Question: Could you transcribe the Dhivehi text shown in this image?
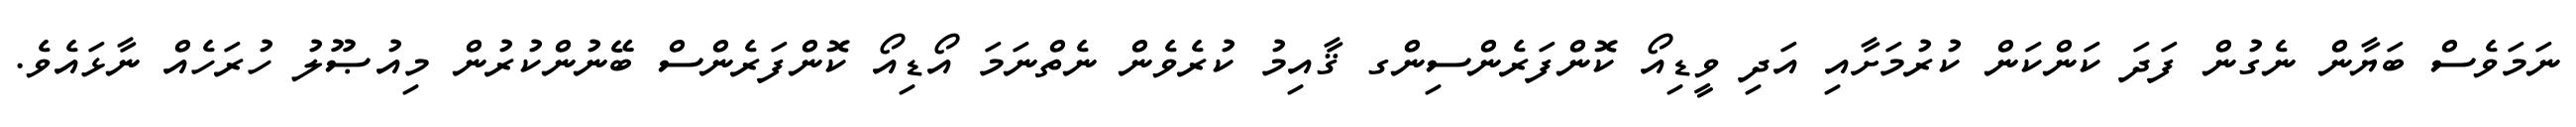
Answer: ނަމަވެސް ބަޔާން ނެގުން ފަދަ ކަންކަން ކުރުމަށާއި އަދި ވީޑިއޯ ކޮންފަރެންސިންގ ޤާއިމު ކުރެވެން ނެތްނަމަ އޯޑިއޯ ކޮންފަރެންސް ބޭނުންކުރުން މިއުޞޫލު ހުރަހެއް ނާޅައެވެ.